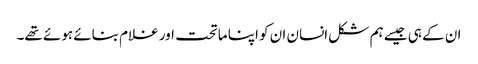
ان کے ہی جیسے ہم شکل انسان ان کو اپنا ماتحت اور غلام بنائے ہوئے تھے۔